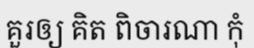
គួរឲ្យ គិត ពិចារណា កុំ